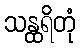
သန္ထရိတုံ